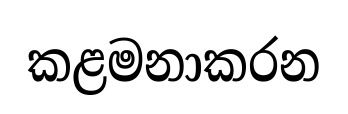
කළමනාකරන